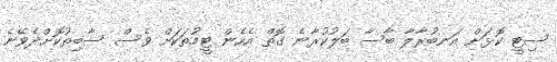
ސިޓީ ކޮޅަށް އަނބުރާލާ ބާސާ ބަލުކުރާނެ ގޮތް އެހެން ޓީމުތަކަށް ވެސް ސާބިތުކޮށްދެވޭނެ